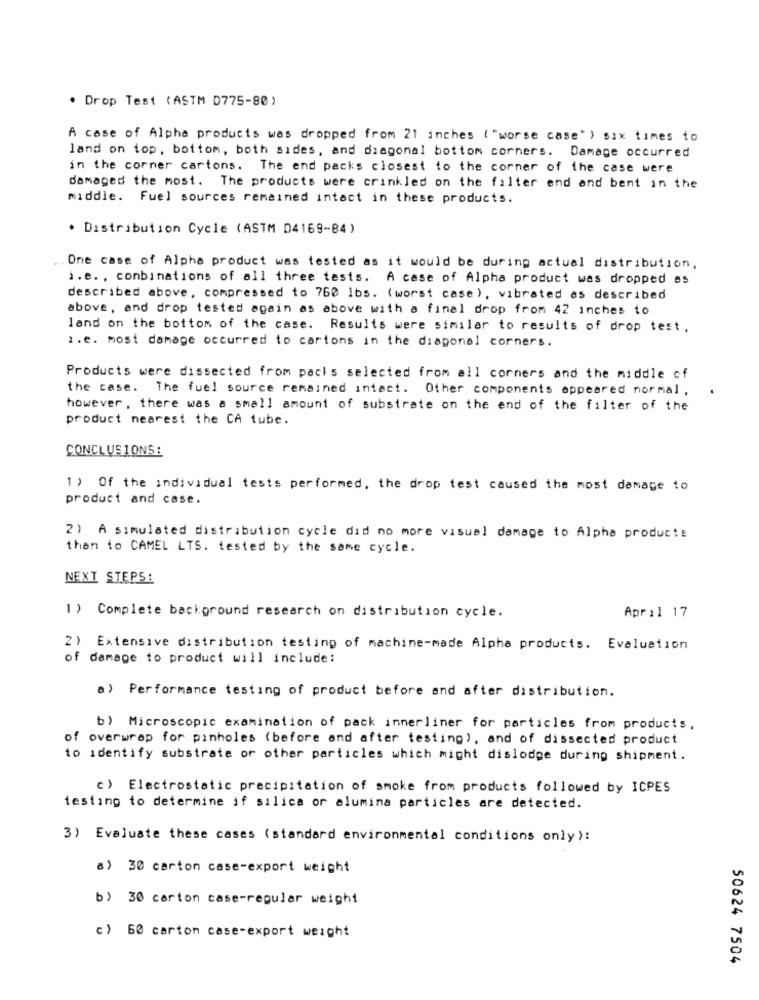
. Drop Test (ASTM 0775-80)
A case of Alpha products was dropped from 21 inches ( "worse case" ) six times to
land on top, bottom, both sides, and diagonal bottom corners. Damage occurred
in the corner cartons. The end packs closest to the corner of the case were
damaged the most. The products were crinkled on the filter end and bent in the
middle. Fuel sources remained intact in these products.
. Distribution Cycle (ASTM 04169-84)
. One case of Alpha product was tested as it would be during actual distribution,
i.e. , combinations of all three tests. A case of Alpha product was dropped es
described above, compressed to 760 lbs. (worst case), vibrated as described
above, and drop tested again as above with a final drop from 42 inches to
land on the bottom of the case. Results were similar to results of drop test.
1.e. most damage occurred to cartons in the diagonal corners.
Products were dissected from packs selected from all corners and the middle of
the case. The fuel source remained intact. Other components appeared normal,
however, there was a small amount of substrate on the end of the filter of the
product nearest the CA tube.
CONCLUSIONS:
1 ) Of the individual tests performed, the drop test caused the most damage to
product and case.
2) A simulated distribution cycle did no more visual damage to Alpha products
than to CAMEL LTS. tested by the same cycle.
NEXT STEPS:
1) Complete background research on distribution cycle.
April 17
2)
Extensive distribution testing of machine-made Alpha products. Evaluation
of damage to product will include:
a) Performance testing of product before and after distribution.
b) Microscopic examination of pack innerliner for particles from products,
of overwrap for pinholes (before and after testing), and of dissected product
to identify substrate or other particles which might dislodge during shipment.
c) Electrostatic precipitation of smoke from products followed by ICPES
testing to determine if silica or elumina particles are detected.
3) Evaluate these cases (standard environmental conditions only ):
a) 30 carton case-export weight
b) 30 carton case-regular weight
c) 60 carton case-export weight
50624 7504